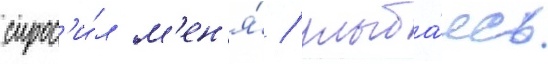
спрос'и́л м'ен'я́ / улыба́ясь